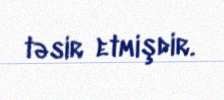
təsir etmişdir.